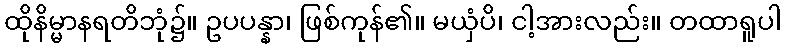
ထိုနိမ္မာနရတိဘုံ၌။ ဥပပန္နာ၊ ဖြစ်ကုန်၏။ မယှံပိ၊ ငါ့အားလည်း။ တထာရူပါ